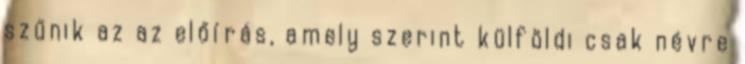
szűnik az az előírás, amely szerint külföldi csak névre